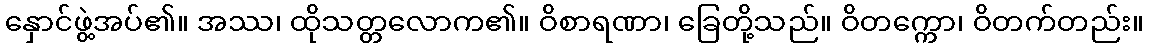
နှောင်ဖွဲ့အပ်၏။ အဿ၊ ထိုသတ္တလောက၏။ ဝိစာရဏာ၊ ခြေတို့သည်။ ဝိတက္ကော၊ ဝိတက်တည်း။